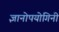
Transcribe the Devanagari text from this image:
ज्ञानोपयोगिनी